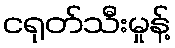
ငရုတ်သီးမှုန့်